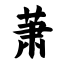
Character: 萧